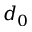
d _ { 0 }